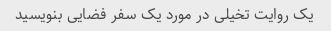
یک روایت تخیلی در مورد یک سفر فضایی بنویسید